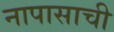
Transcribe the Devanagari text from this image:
नापासाची